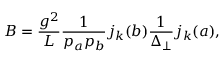
B = \frac { g ^ { 2 } } { L } \frac { 1 } { p _ { a } p _ { b } } j _ { k } ( b ) \frac { 1 } { \Delta _ { \perp } } j _ { k } ( a ) ,